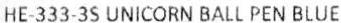
HE-333-3S UNICORN BALL PEN BLUE